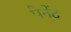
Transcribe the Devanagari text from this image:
पेनेंट